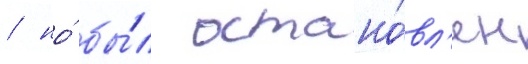
/ но́ бы́л остано́вл'ен